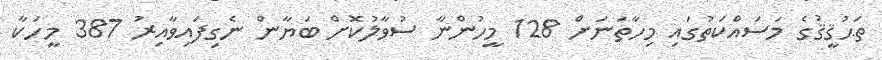
ތަޙުޤީޤުގެ މަސައްކަތުގައި މިހާތަނަށް 128 މީހުންނާ ސުވާލުކޮށް ބަޔާން ނެގިފައިވާއިރު 387 މީހަކާ